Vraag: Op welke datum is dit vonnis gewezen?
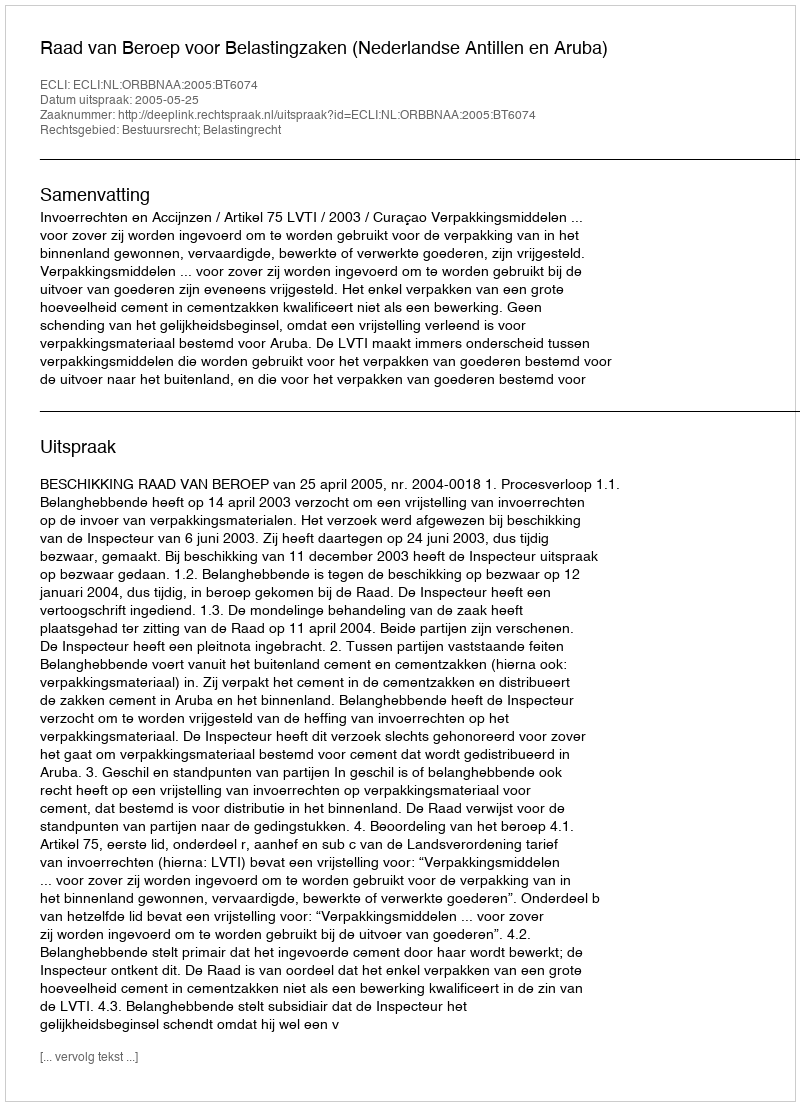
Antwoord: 2005-05-25